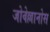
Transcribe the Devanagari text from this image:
जोवेल्लानोस